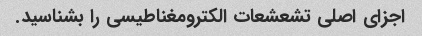
اجزای اصلی تشعشعات الکترومغناطیسی را بشناسید.